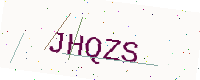
Text: JHQZS